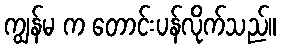
ကျွန်မ က တောင်းပန်လိုက်သည်။